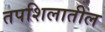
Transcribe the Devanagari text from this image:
तपशिलातील